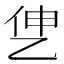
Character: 𰁷